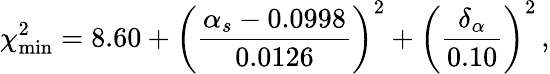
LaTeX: \chi_{\mathrm{min}}^{2}=8.60+\biggl(\frac{\alpha_{s}-0.0998}{0.0126}\biggr)^{2}+\biggl(\frac{\delta_{\alpha}}{0.10}\biggr)^{2}\, ,